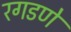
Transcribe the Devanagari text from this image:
रगडणे